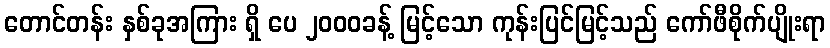
တောင်တန်း နှစ်ခုအကြား ရှိ ပေ ၂၀၀၀ခန့် မြင့်သော ကုန်းပြင်မြင့်သည် ကော်ဖီစိုက်ပျိုးရာ